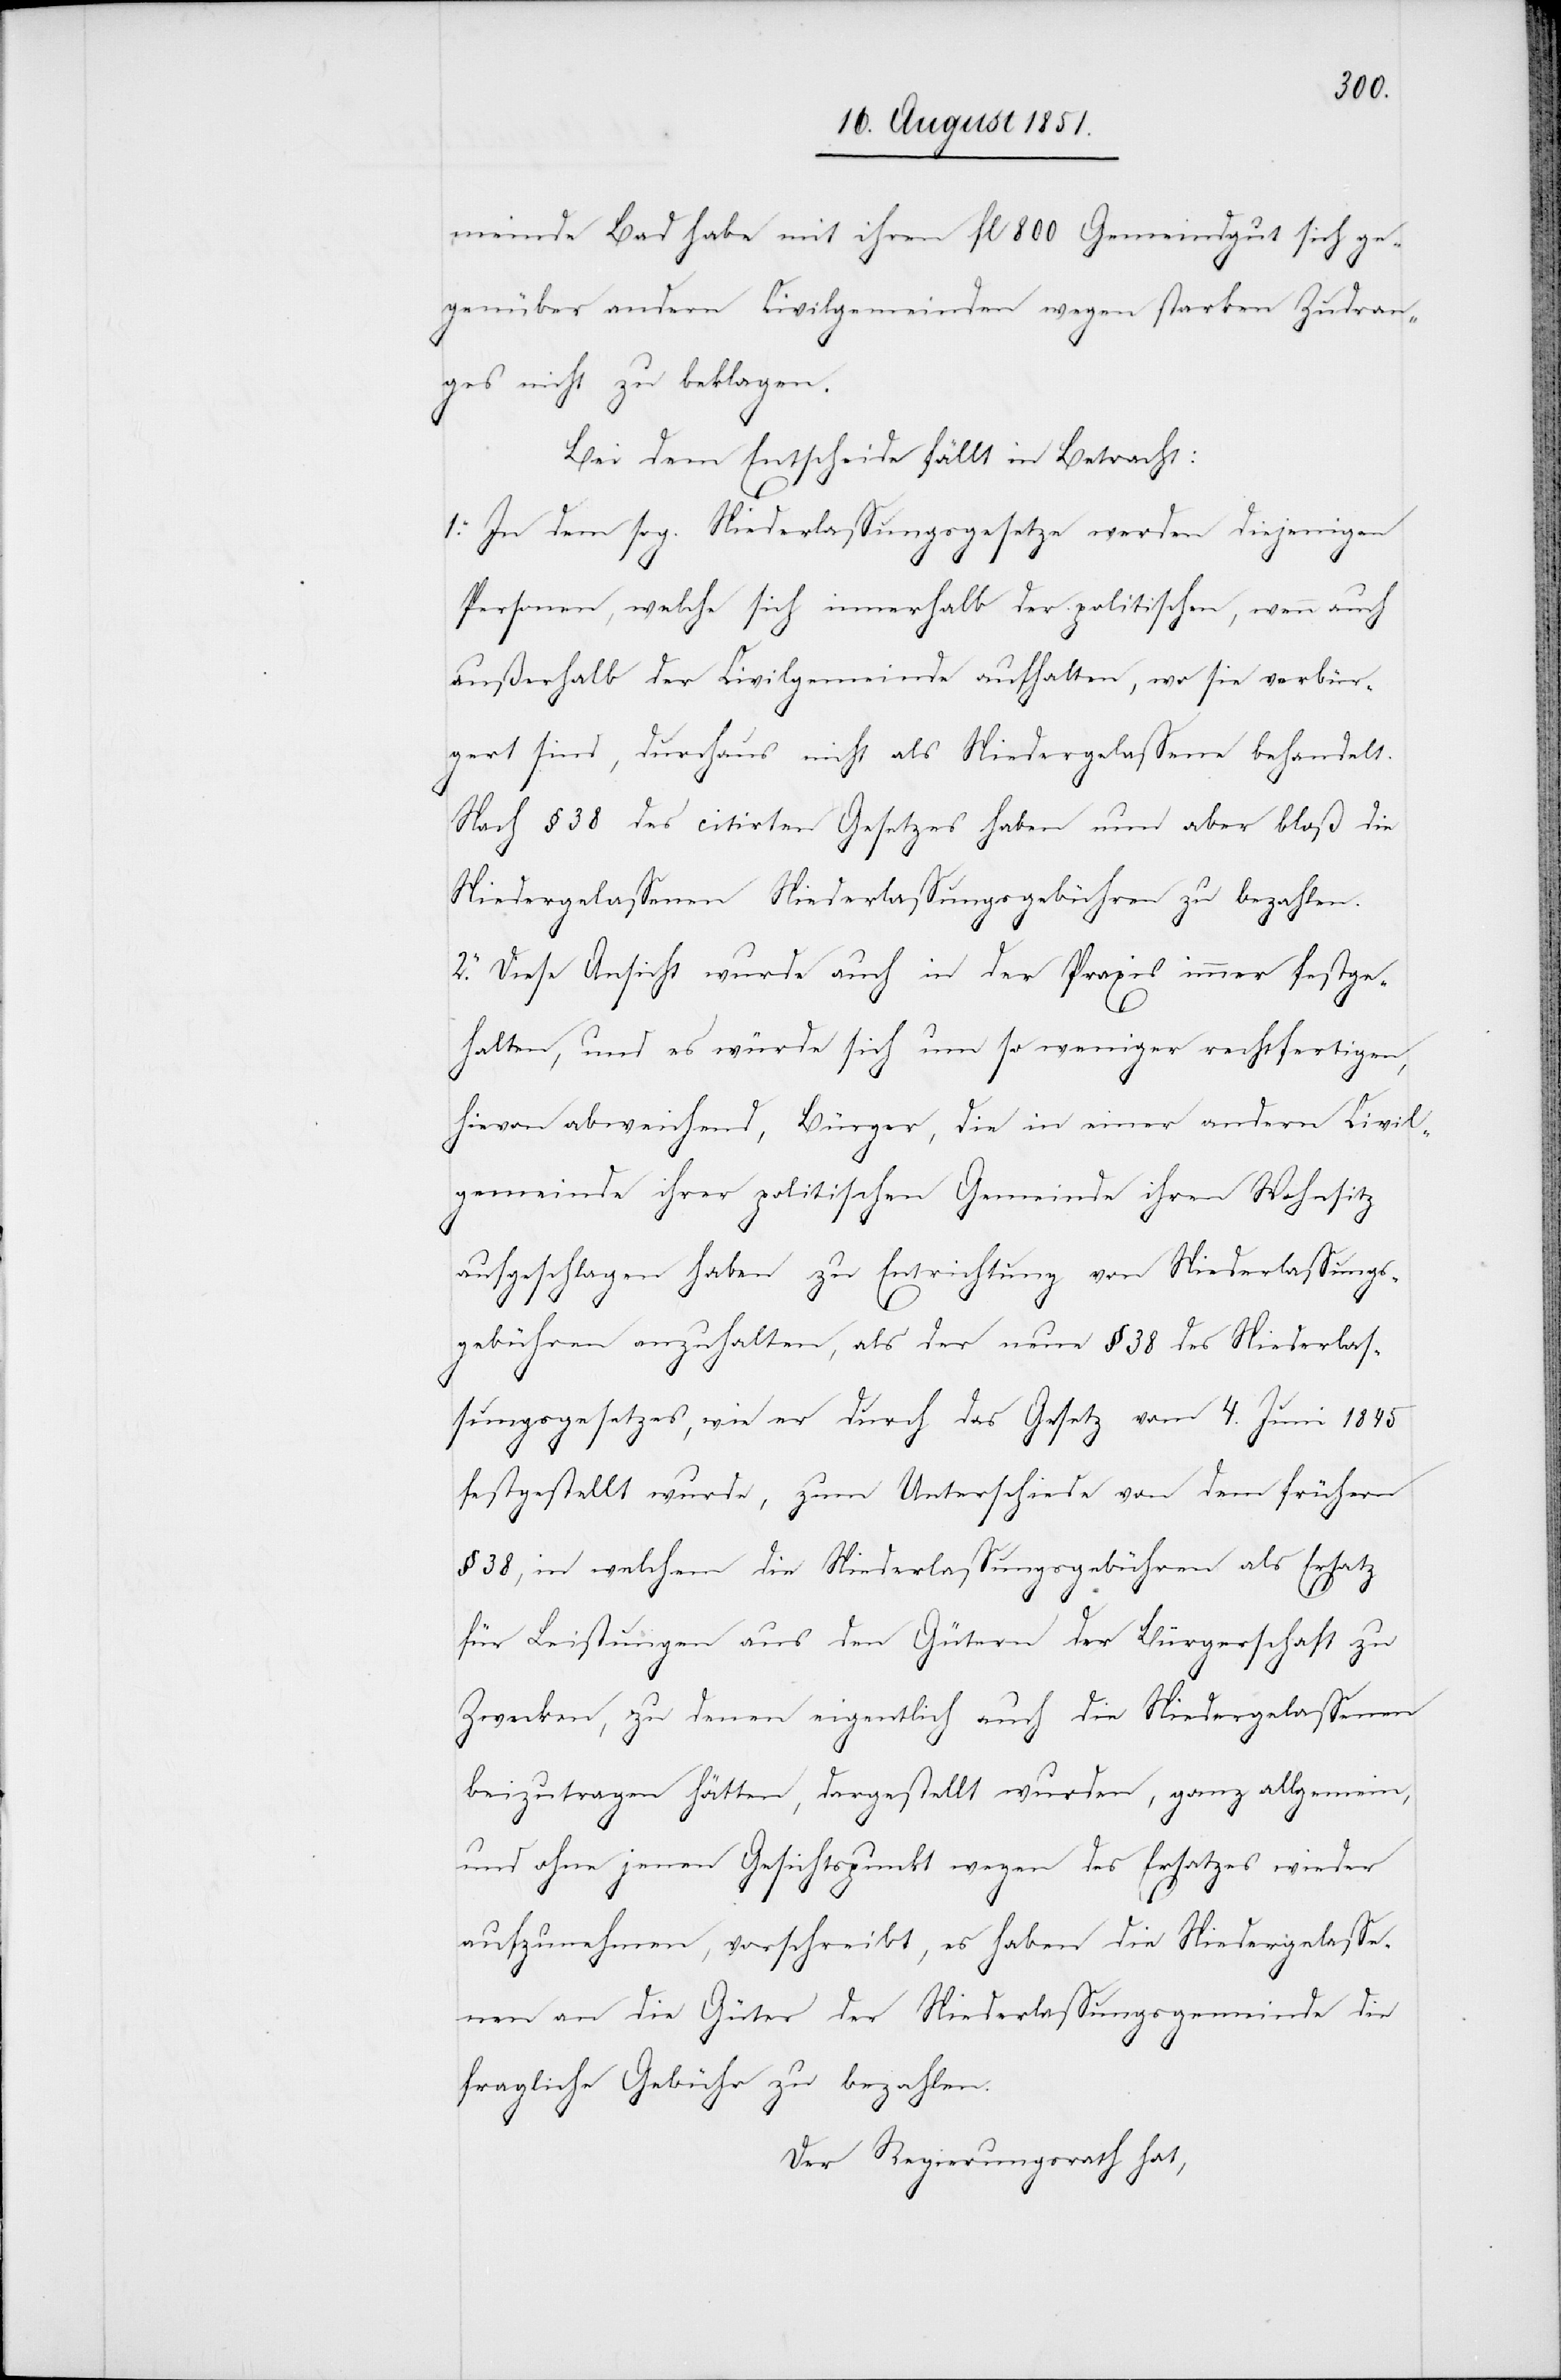
meinde Bad habe mit ihren fl 800 Gemeindgut sich ge¬
genüber andern Civilgemeinden wegen starken Zudran¬
ges nicht zu beklagen.
Bei dem Entscheide fällt in Betracht:
1. In dem sog. Niederlassungsgesetze werden diejenigen
Personen, welche sich innerhalb der politischen, wenn auch
außerhalb der Civilgemeinde aufhalten, wo sie verbür¬
gert sind, durchaus nicht als Niedergelassene behandelt.
Nach § 38 des citirten Gesetzes haben nun aber bloß die
Niedergelassenen Niederlassungsgebühren zu bezahlen.
2. Diese Ansicht wurde auch in der Praxis immer festge¬
halten, und es würde sich um so weniger rechtfertigen,
hievon abweichend, Bürger, die in einer andern Civil¬
gemeinde ihrer politischen Gemeinde ihren Wohnsitz
aufgeschlagen haben zu Entrichtung von Niederlassungs¬
gebühren anzuhalten, als der neue § 38 des Niederlas¬
sungsgesetzes, wie er durch das Gesetz vom 4. Juni 1845
festgestellt wurde, zum Unterschiede von dem frühern
§ 38, in welchem die Niederlassungsgebühren als Ersatz
für Leistungen aus den Gütern der Bürgerschaft zu
Zwecken, zu denen eigentlich auch die Niedergelassenen
beizutragen hätten, dargestellt wurden, ganz allgemein,
und ohne jenen Gesichtpunkt wegen des Ersatzes wieder
aufzunehmen, vorschreibt, es haben die Niedergelasse¬
nen an die Güter der Niederlassungsgemeinde die
fragliche Gebühr zu bezahlen.
Der Regierungsrath hat,